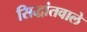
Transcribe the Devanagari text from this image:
सिद्धांतवाले